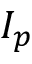
I _ { p }